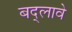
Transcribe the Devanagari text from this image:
बद्लावे